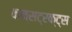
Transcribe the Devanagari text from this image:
कन्सट्रक्ट्स